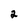
Character: 2